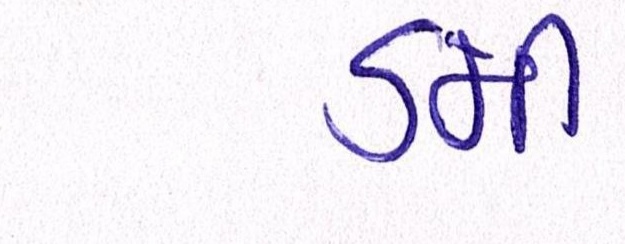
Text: ડમી